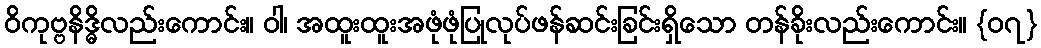
ဝိကုဗ္ဗနိဒ္ဓိလည်းကောင်း။ ဝါ၊ အထူးထူးအဖုံဖုံပြုလုပ်ဖန်ဆင်းခြင်းရှိသော တန်ခိုးလည်းကောင်း။ {၀၇}